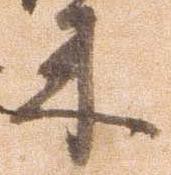
来